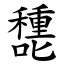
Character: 㘒